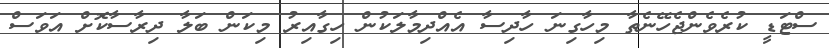
ސްޓަޑީ ކުރެވެންޖެހޭނެތާ މިހާގިނަ ހާދިސާ އެއްދިމާލަކުން ހިގާއިރު މިކަން ބަލާ ދިރާސާކޮށް އަވަސް